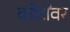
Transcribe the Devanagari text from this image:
कोर्टांवर